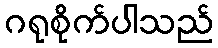
ဂရုစိုက်ပါသည်